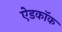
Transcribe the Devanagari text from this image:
ऐडकॉक